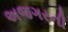
અજગરની